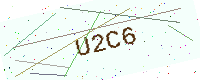
Text: U2C6